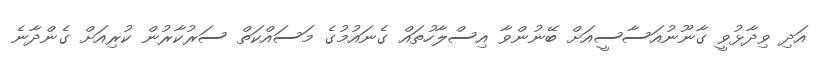
އަދި ވިދާޅުވީ ގާނޫނުއަސާސީއަށް ބޭނުންވާ އިސްލާހުތައް ގެނައުމުގެ މަސައްކަތް ސަރުކާރުން ކުރިއަށް ގެންދާނެ